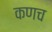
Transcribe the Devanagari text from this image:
कणच